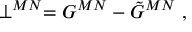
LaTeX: \perp ^ { M N } = G ^ { M N } - \tilde { G } ^ { M N } ~ ,